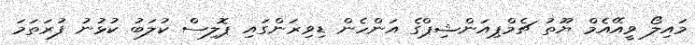
މައިލޯ ވީއޭއެމް ޔޫތު ޗެމްޕިއަންޝިޕްގެ އަންހެން ޑިވިޜަންގައި ޕޮލިސް ކުލަބު ކުޅުނު ފުރަތަމަ